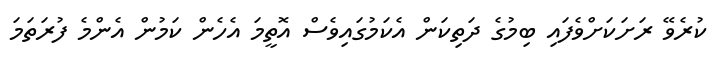
ކުރެވޭ ރަށަކަށްވެފައި ބިމުގެ ދަތިކަން އެކަމުގައިވެސް އޮތީމަ އެހެން ކަމުން އެންމެ ފުރަތަމަ